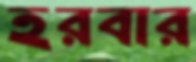
হরবার